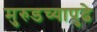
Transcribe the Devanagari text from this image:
मुरुडच्यापुढे